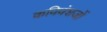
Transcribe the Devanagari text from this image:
कविवंशजों